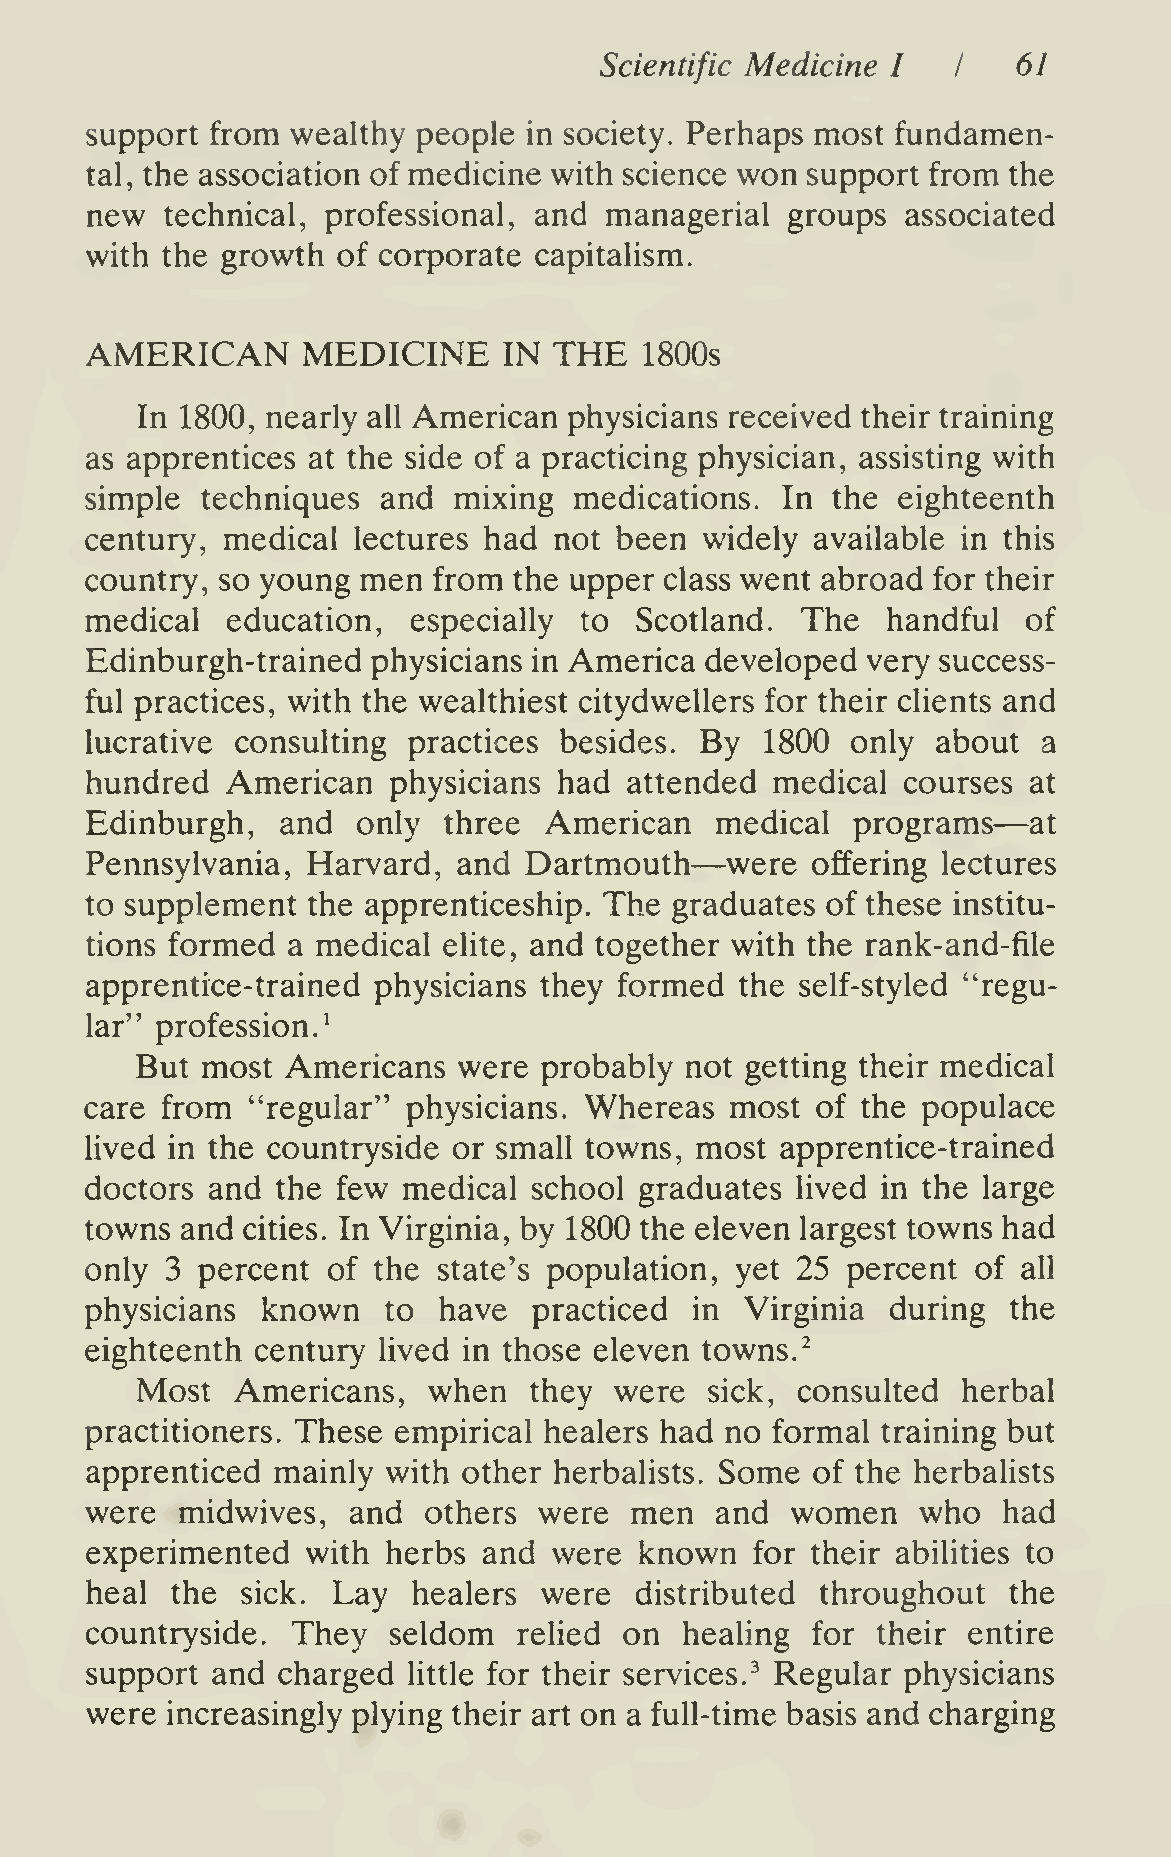
^
 Scientific Medicine I  I   61
 support from wealthy  people in society. Perhaps most fundamen-
 tal, the association of medicine with science won support from the
 new  technical, professional, and managerial  groups  associated
 with the growth of corporate capitalism.
 AMERICAN      MEDICINE         THE
 IN        1800s
 In 1800, nearly all American physicians received their training
 as apprentices at the side of a practicing physician, assisting with
 simple techniques  and  mixing  medications.  In the eighteenth
 century, medical lectures had  not been  widely available in this
 country, so young men  from the upper class went abroad for their
 medical  education,  especially to  Scotland.  The   handful  of
 Edinburgh-trained  physicians in America developed very success-
 ful practices, with the wealthiest citydwellers for their clients and
 lucrative consulting practices besides. By   1800 only  about  a
 hundred  American   physicians had  attended medical  courses at
 —
 Edinburgh,   and  only three  American   medical  programs    at
 —
 Pennsylvania, Harvard,  and  Dartmouth    were  offering lectures
 to supplement the apprenticeship. The  graduates of these institu-
 tions formed a medical elite, and together with the rank-and-file
 apprentice-trained physicians they formed  the self-styled "regu-
 lar" profession.^
 But most  Americans  were  probably not getting their medical
 care from "regular"  physicians. Whereas  most  of the populace
 lived in the countryside or small towns, most apprentice-trained
 doctors and the few  medical school graduates  lived in the large
 towns and cities. In Virginia, by 1800 the eleven largest towns had
 only 3 percent  of the state's population, yet 25 percent  of all
 physicians known   to  have  practiced  in Virginia  during  the
 eighteenth century lived in those eleven towns.
 Most   Americans,  when   they  were  sick, consulted  herbal
 practitioners. These empirical healers had no formal training but
 apprenticed mainly  with other herbalists. Some of the herbalists
 were  midwives,  and  others  were  men  and  women    who  had
 experimented  with  herbs and  were known   for their abilities to
 heal the  sick. Lay  healers  were  distributed throughout   the
 countryside. They   seldom  rehed  on  healing  for their entire
 support and charged  little for their services.^ Regular physicians
 were increasingly plying their art on a full-time basis and charging